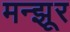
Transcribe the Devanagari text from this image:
मन्झूर